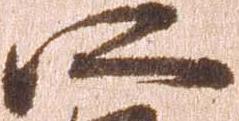
所